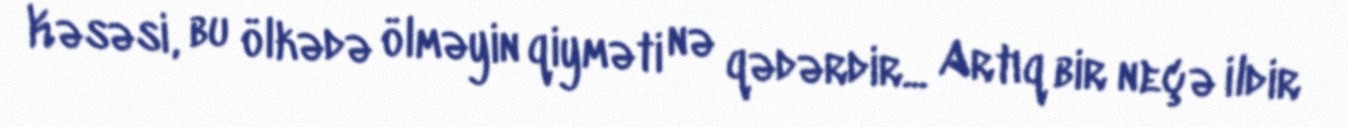
Kəsəsi, bu ölkədə ölməyin qiyməti nə qədərdir... Artıq bir neçə ildir